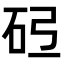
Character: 𪿓